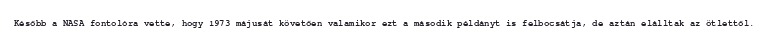
Később a NASA fontolóra vette, hogy 1973 májusát követően valamikor ezt a második példányt is felbocsátja, de aztán elálltak az ötlettől.